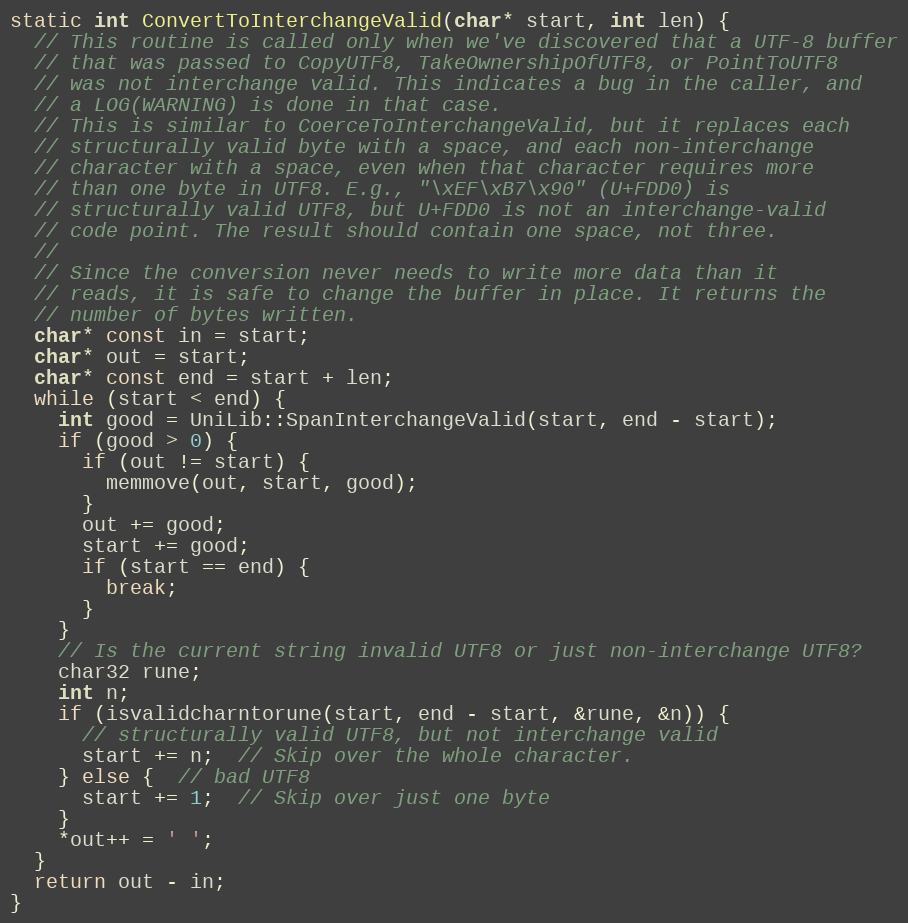
Language: C++
static int ConvertToInterchangeValid(char* start, int len) {
  // This routine is called only when we've discovered that a UTF-8 buffer
  // that was passed to CopyUTF8, TakeOwnershipOfUTF8, or PointToUTF8
  // was not interchange valid. This indicates a bug in the caller, and
  // a LOG(WARNING) is done in that case.
  // This is similar to CoerceToInterchangeValid, but it replaces each
  // structurally valid byte with a space, and each non-interchange
  // character with a space, even when that character requires more
  // than one byte in UTF8. E.g., "\xEF\xB7\x90" (U+FDD0) is
  // structurally valid UTF8, but U+FDD0 is not an interchange-valid
  // code point. The result should contain one space, not three.
  //
  // Since the conversion never needs to write more data than it
  // reads, it is safe to change the buffer in place. It returns the
  // number of bytes written.
  char* const in = start;
  char* out = start;
  char* const end = start + len;
  while (start < end) {
    int good = UniLib::SpanInterchangeValid(start, end - start);
    if (good > 0) {
      if (out != start) {
        memmove(out, start, good);
      }
      out += good;
      start += good;
      if (start == end) {
        break;
      }
    }
    // Is the current string invalid UTF8 or just non-interchange UTF8?
    char32 rune;
    int n;
    if (isvalidcharntorune(start, end - start, &rune, &n)) {
      // structurally valid UTF8, but not interchange valid
      start += n;  // Skip over the whole character.
    } else {  // bad UTF8
      start += 1;  // Skip over just one byte
    }
    *out++ = ' ';
  }
  return out - in;
}